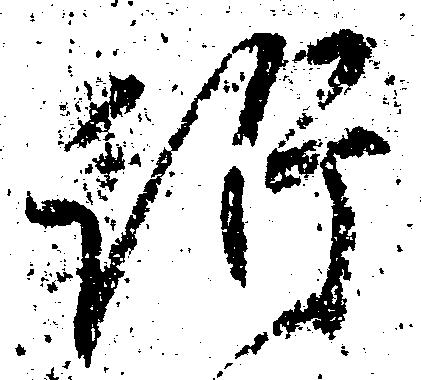
訴